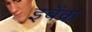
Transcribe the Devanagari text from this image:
इवेंक